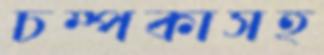
চম্পকাসহ